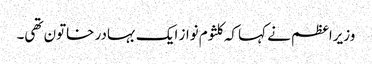
وزیراعظم نے کہا کہ کلثوم نواز ایک بہادر خاتون تھی۔